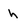
Character: h